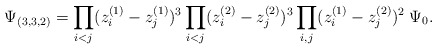
\begin{align*}\Psi_{(3,3,2)}=\prod_{i<j} (z_i^{(1)}-z_j^{(1)})^{3}\prod_{i<j} (z_i^{(2)}-z_j^{(2)})^{3}\prod_{i,j} (z_i^{(1)}-z_j^{(2)})^{2}\; \Psi_{0}.\end{align*}